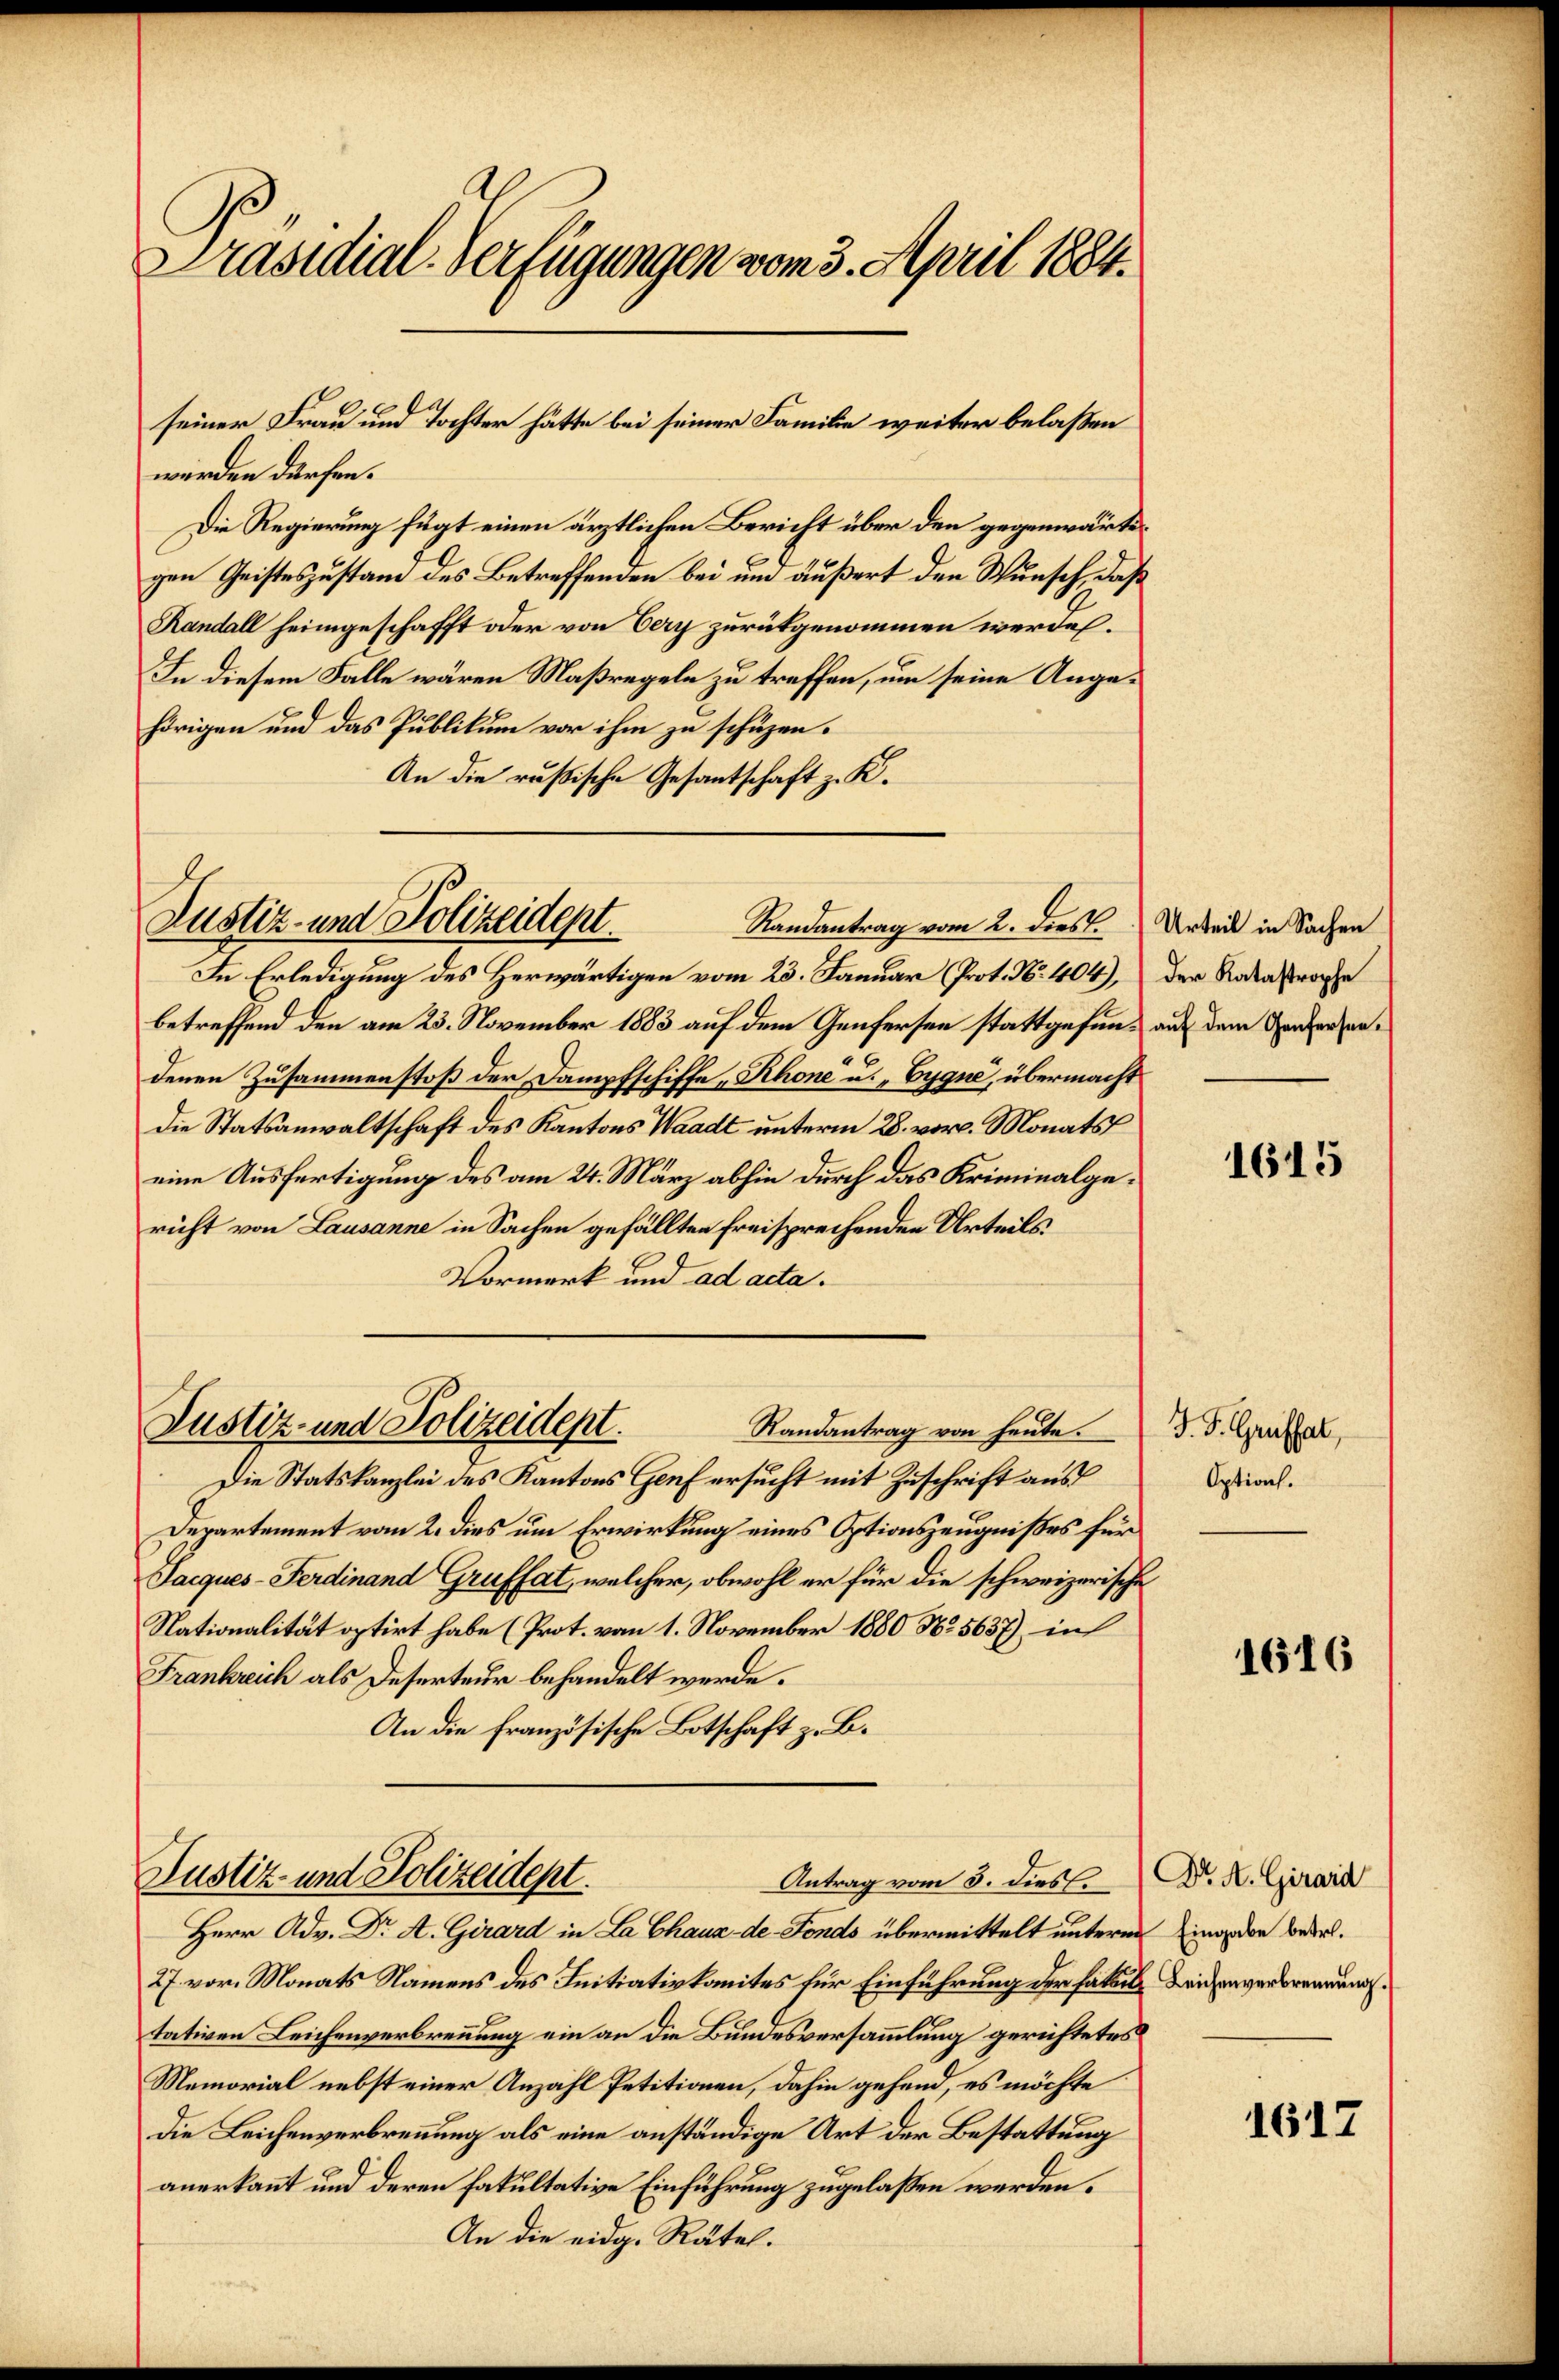
Präsidial-Verfügungen vom 3. April 1884.

seiner Frau und Tochter hätte bei seiner Familie weiter belaßen
werden dürfen.
Die Regierung fügt einen ärztlichen Bericht über den gegenwärter
gen Geisteszustand des Betreffenden bei und äußert den Wunsch, daß
Randall heimgeschafft oder von Oery zurükgenommen werden.
In diesem Falle wären Maßregeln zu treffen, um seine Angehörigen und das Publikum vor ihm zu schüzen.
An die russische Gesantschaft z. K.
In Erledigung des Herwärtigen vom 23. Januar (Prot. No. 404),
betreffend den am 23. November 1883 auf dem Genfersen stattgefun- auf dem Sondersendenen Zusammenstoß der Dampfschiffe Rhone u. „Gygne, übermacht
die Statsanwaltschaft des Kantons Waadt unterm 28. vor. Monats
eine Ausfertigung des am 24. März abhin durch das Kriminalgericht von Lausanne in Sachen gefällten freisprechenden Urteils
Vormerk und ad acta.
Justiz- und Polizeidept.
Randantrag von heute.
Die Statskanzlei des Kantons Genf ersucht mit Zuschrift aus
Departement vom 2. dies um Erwirkung eines Optionszeugnißes für
Jacques-Ferdinand Gruftat, welcher, obwohl er für die schweizerische
Nationalität optirt habe (Prot. vom 1. November 1880 No. 5637) in
Frankreich als Deserteur behandelt werde.
An die französische Botschaft z. B.
Justiz und Polizeidept.
Antrag vom 5. dies.
Herr Adv. Dr A. Girard in La Chaux-de-Fonds übermittelt unterm in den bedel¬
27. vor. Monats Namens des Initiativkomites für Einführung der Fakul
tativen Leichenverbrennung ein an die Bundesversammlung gerichtetes
Memorial nebst einer Anzahl Petitionen, dahin gehend, es möchte
die Leichenverbrennung als eine anständige Art der Bestattung
anerkannt und deren fakultative Einführung zugelassen werden.
An die eidg. Rätel.

Justiz- und Polizeidept.
Randantrag vom 2. dies Urteil in Sachen

Der Katastrophe

1615

J. J. Grüffat,
Options.

1616

Dr. A. Girard
Leichenverbrennung.

1617